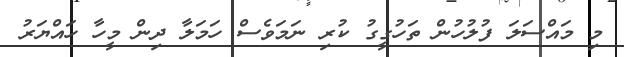
މި މައްސަލަ ފުލުހުން ތަހުގީގު ކުރި ނަމަވެސް ހަމަލާ ދިން މީހާ ހައްޔަރު